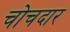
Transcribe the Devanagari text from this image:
चोचदार